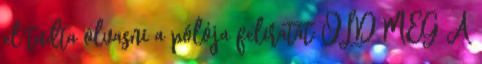
el tudta olvasni a pólója feliratát: ÖLD MEG A